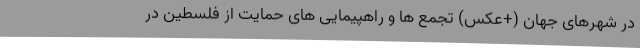
در شهرهای جهان (+عکس) تجمع ها و راهپیمایی های حمایت از فلسطین در